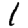
Digit: 1